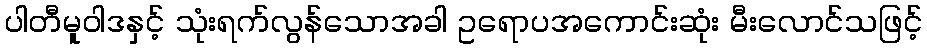
ပါတီမူဝါဒနှင့် သုံးရက်လွန်သောအခါ ဥရောပအကောင်းဆုံး မီးလောင်သဖြင့်